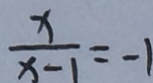
\frac { x } { x - 1 } = - 1